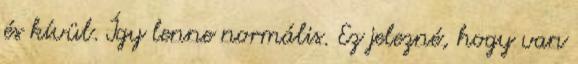
és kívül. Így lenne normális. Ez jelezné, hogy van